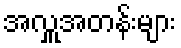
အလှူအတန်းများ